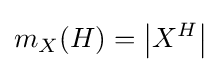
m_{X}(H)=\left|X^{H}\right|